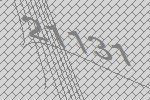
21131